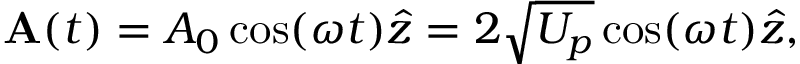
\mathbf { A } ( t ) = A _ { 0 } \cos ( \omega t ) \hat { z } = 2 \sqrt { U _ { p } } \cos ( \omega t ) \hat { z } ,